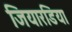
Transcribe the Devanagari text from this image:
जियारडिया